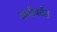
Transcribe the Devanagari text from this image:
अलीपर्यंत